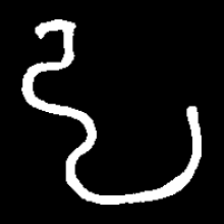
Pyu character \u2014 Myanmar letter: ဠ (romanized: lla)